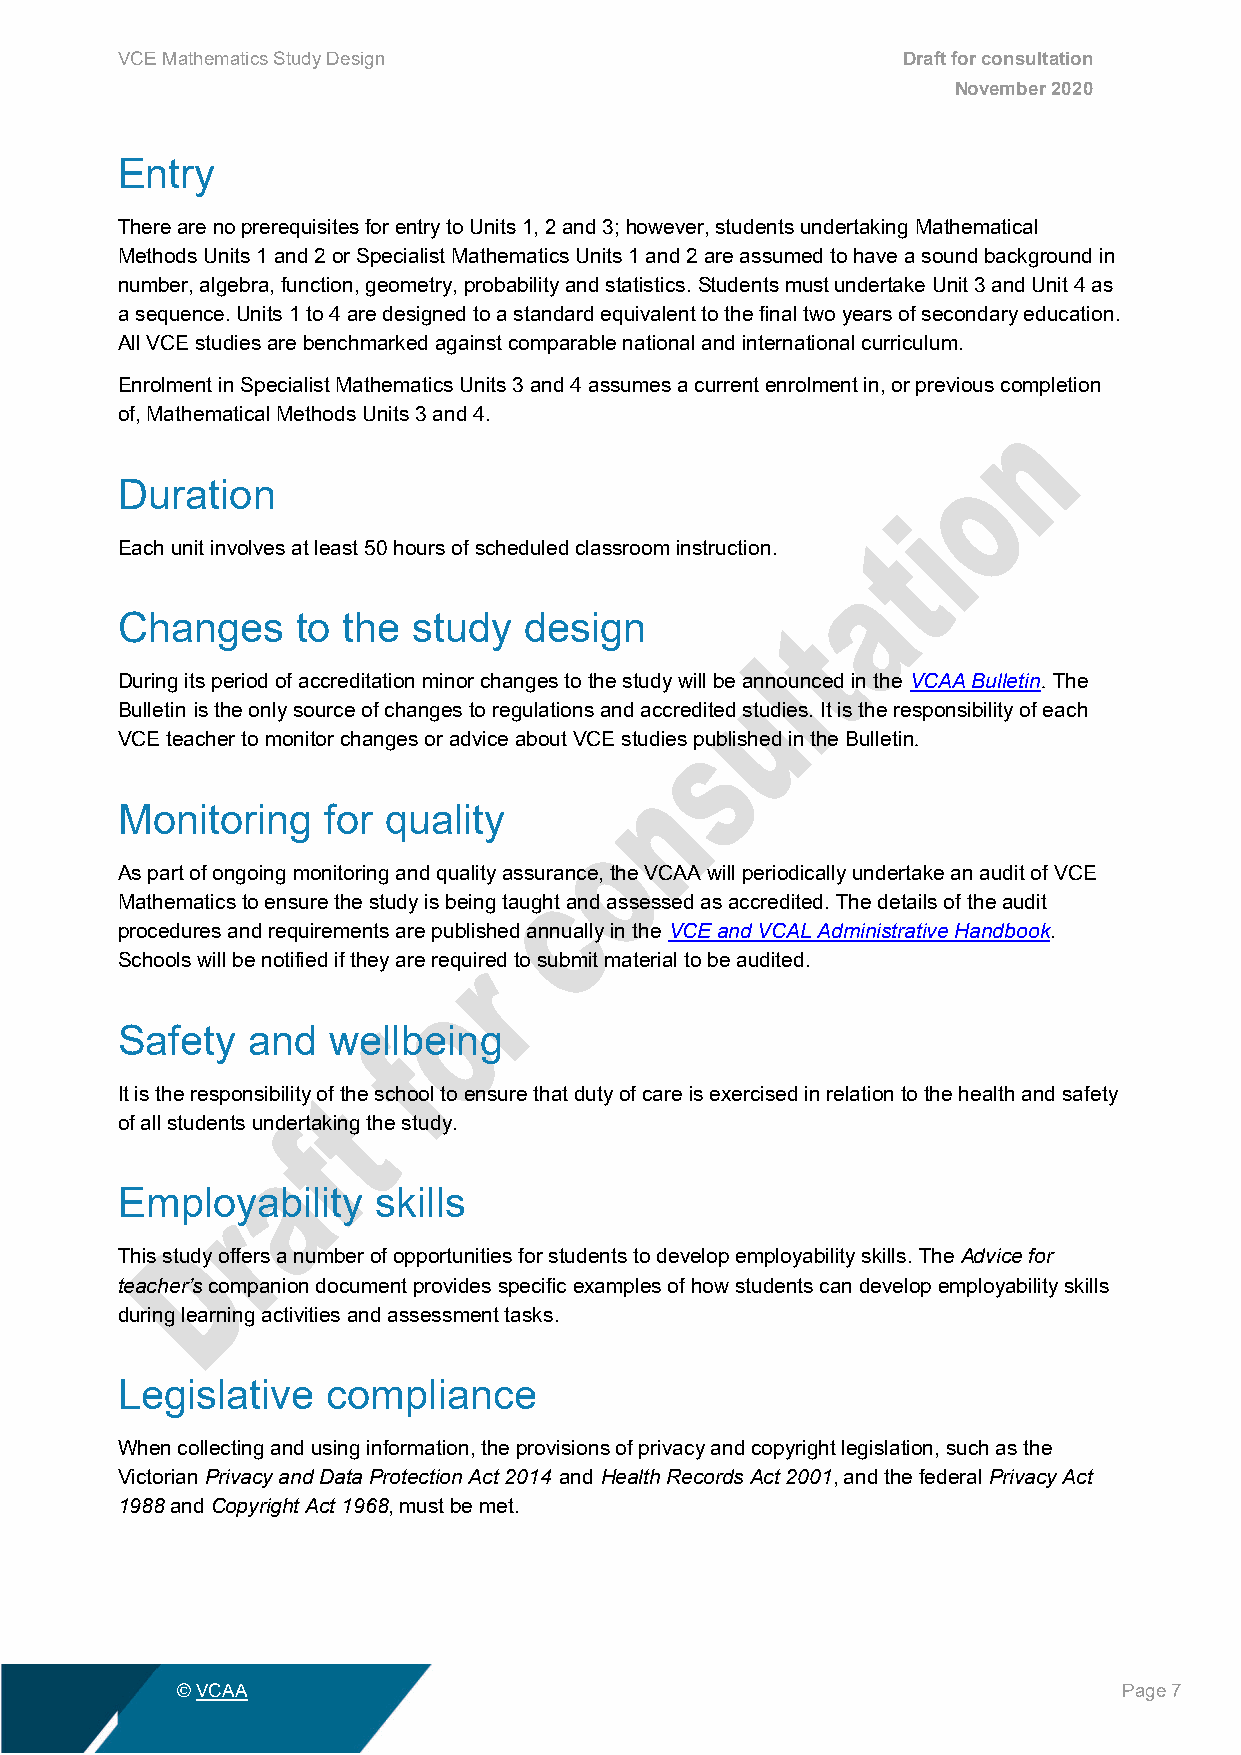
VCE Mathematics Study Design                        Draft for consultation
 November 2020
 Entry
 There are no prerequisites for entry to Units 1, 2 and 3; however, students undertaking Mathematical
 Methods Units 1 and 2 or Specialist Mathematics Units 1 and 2 are assumed to have a sound background in
 number, algebra, function, geometry, probability and statistics. Students must undertake Unit 3 and Unit 4 as
 a sequence. Units 1 to 4 are designed to a standard equivalent to the final two years of secondary education.
 All VCE studies are benchmarked against comparable national and international curriculum.
 Enrolment in Specialist Mathematics Units 3 and 4 assumes a current enrolment in, or previous completion
 of, Mathematical Methods Units 3 and 4.
 Duration
 Each unit involves at least 50 hours of scheduled classroom instruction.
 Changes     to the study   design
 During its period of accreditation minor changes to the study will be announced in the VCAA Bulletin. The
 Bulletin is the only source of changes to regulations and accredited studies. It is the responsibility of each
 VCE teacher to monitor changes or advice about VCE studies published in the Bulletin.
 Monitoring   for quality
 As part of ongoing monitoring and quality assurance, the VCAA will periodically undertake an audit of VCE
 Mathematics to ensure the study is being taught and assessed as accredited. The details of the audit
 procedures and requirements are published annually in the VCE and VCAL Administrative Handbook.
 Schools will be notified if they are required to submit material to be audited.
 Safety  and   wellbeing
 It is the responsibility of the school to ensure that duty of care is exercised in relation to the health and safety
 of all students undertaking the study.
 Employability    skills
 This study offers a number of opportunities for students to develop employability skills. The Advice for
 teacher’s companion document provides specific examples of how students can develop employability skills
 during learning activities and assessment tasks.
 Legislative   compliance
 When collecting and using information, the provisions of privacy and copyright legislation, such as the
 Victorian Privacy and Data Protection Act 2014 and Health Records Act 2001, and the federal Privacy Act
 1988 and Copyright Act 1968, must be met.
 © VCAA                                                        Page 7